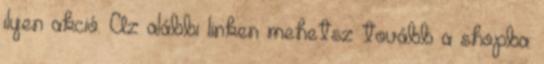
ilyen akció. Az alábbi linken mehetsz tovább a shopba: